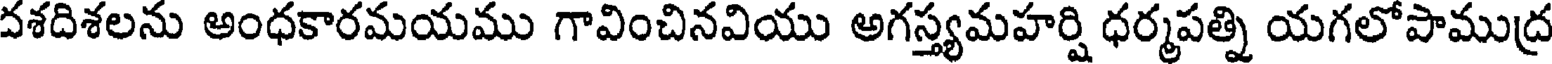
వశదిశలను అంధకారమయము గావించినవియు అగస్త్యమహర్షి ధర్మపత్ని యగలోపాముద్ర